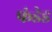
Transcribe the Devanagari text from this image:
फंडेड